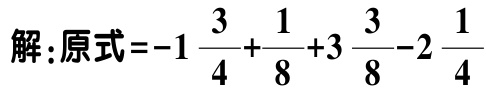
解：原式\(=-1\frac{3}{4}+\frac{1}{8}+3\frac{3}{8}-2\frac{1}{4}\)